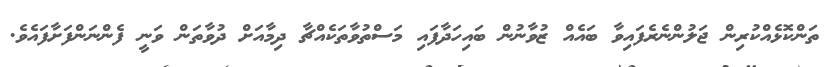
ތަންކޮޅެއްކުރިން ޖަލުންނެރެފައިވާ ބައެއް ޒުވާނުން ބައިހަދާފައި މަސްތުވާތަކެއްޗާ ދިމާއަށް ދުވާތަން ވަނީ ފެންނަންފަށާފައެވެ.